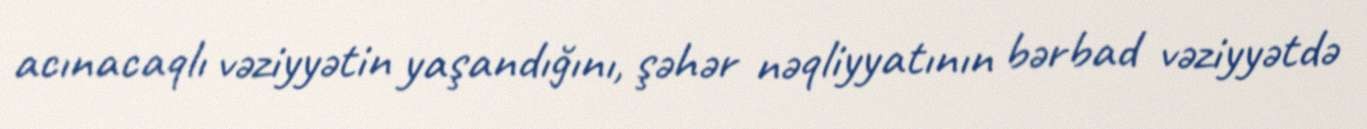
acınacaqlı vəziyyətin yaşandığını, şəhər nəqliyyatının bərbad vəziyyətdə